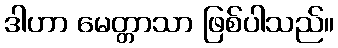
ဒါဟာ မေတ္တာသာ ဖြစ်ပါသည်။